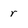
Character: r